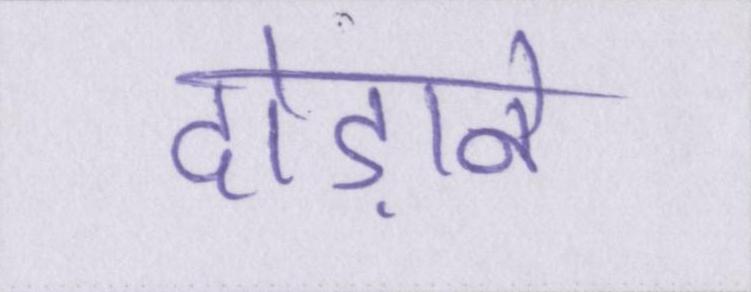
दौड़ाने